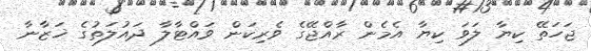
ޖަހަތޭ ކިޔާ ލަވަ ކިޔާ އެމެން ރާއްޖޭގެ ވެރިކަން ވައްޓާލާ ދައުލަތުގެ ޚަޒާނާ